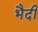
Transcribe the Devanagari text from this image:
भैदी